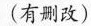
（有删改）